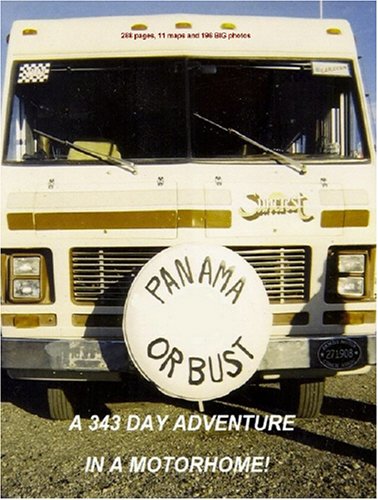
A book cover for Panama or Bust - B&W Edition; Jim Jaillet; Travel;